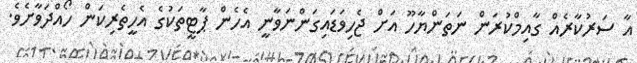
އާ ސަރުކާރެއް ގާއިމްކުރަން ނަތަންޔާހޫ އަށް ޖެހިވަޑައިގަންނަވާނީ އެހެން ޕާޓީތަކުގެ އެހީތެރިކަން ހޯއްދަވާށެވެ.